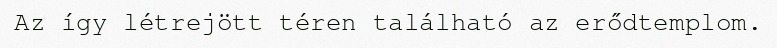
Az így létrejött téren található az erődtemplom.